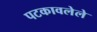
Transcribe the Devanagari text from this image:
पटकावलेले